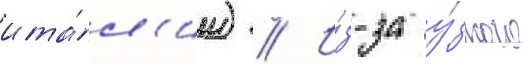
ита́л'ии) // И́з-за у́зкого